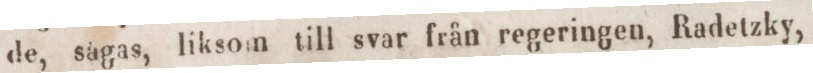
de, sagas, liksom till svar från regeringen, Radetzky,